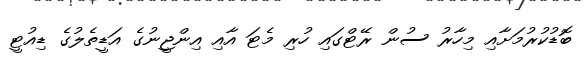
ބޮޑުކުރުމަށާއި މިހާރު ސުން ރޭޓްގައި ހުރި މެޓަ އާއި އިންޖީނުގެ އަޑީތެލުގެ ޑިއުޓީ